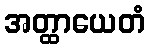
အတ္ထာယေတံ